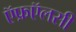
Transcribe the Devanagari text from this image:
ऍफ़ऍलसी